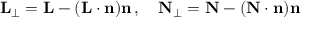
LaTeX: \mathbf { L } _ { \perp } = \mathbf { L } - ( \mathbf { L } \cdot \mathbf { n } ) \mathbf { n } \, , \quad \mathbf { N } _ { \perp } = \mathbf { N } - ( \mathbf { N } \cdot \mathbf { n } ) \mathbf { n }